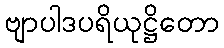
ဗျာပါဒပရိယုဋ္ဌိတော